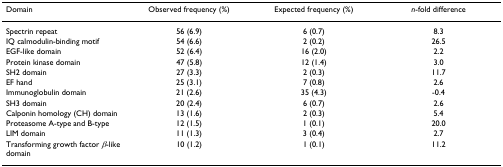
| Domain | Observed frequency (%) | Expected frequency (%) | n-fold difference |
 | --- | --- | --- | --- |
 | Spectrin repeat | 56 (6.9) | 6 (0.7) | 8.3 |
 | IQ calmodulin-binding motif | 54 (6.6) | 2 (0.2) | 26.5 |
 | EGF-like domain | 52 (6.4) | 16 (2.0) | 2.2 |
 | Protein kinase domain | 47 (5.8) | 12 (1.4) | 3.0 |
 | SH2 domain | 27 (3.3) | 2 (0.3) | 11.7 |
 | EF hand | 25 (3.1) | 7 (0.8) | 2.6 |
 | Immunoglobulin domain | 21 (2.6) | 35 (4.3) | -0.4 |
 | SH3 domain | 20 (2.4) | 6 (0.7) | 2.6 |
 | Calponin homology (CH) domain | 13 (1.6) | 2 (0.3) | 5.4 |
 | Proteasome A-type and B-type | 12 (1.5) | 1 (0.1) | 20.0 |
 | LIM domain | 11 (1.3) | 3 (0.4) | 2.7 |
 | Transforming growth factor β-like domain | 10 (1.2) | 1 (0.1) | 11.2 |